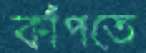
কাঁপতে